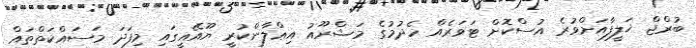
ބުރްޖް ޚަލީފާއަށްވުރެ އުސްކޮށް ޓަވަރެއް ހެދުމުގެ މަޝްރޫއު އިޢްލާންކުރީ ޔޫއޭއީގައި މިފަދަ މަސައްކަތްތައް